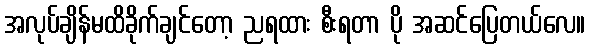
အလုပ်ချိန်မထိခိုက်ချင်တော့ ညရထား စီးရတာ ပို အဆင်ပြေတယ်လေ။